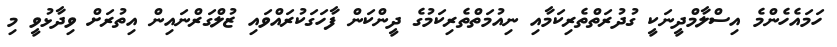
ހަމައެހެންމެ އިސްލާމްދީނަކީ ގުދުރަތްތެރިކަމާއި ނިއުމަތްތެރިކަމުގެ ދީންކަން ފާހަގަކުރައްވައި ޒުލްގަަރްްނައިން އިތުރަށް ވިދާޅުވީ މި